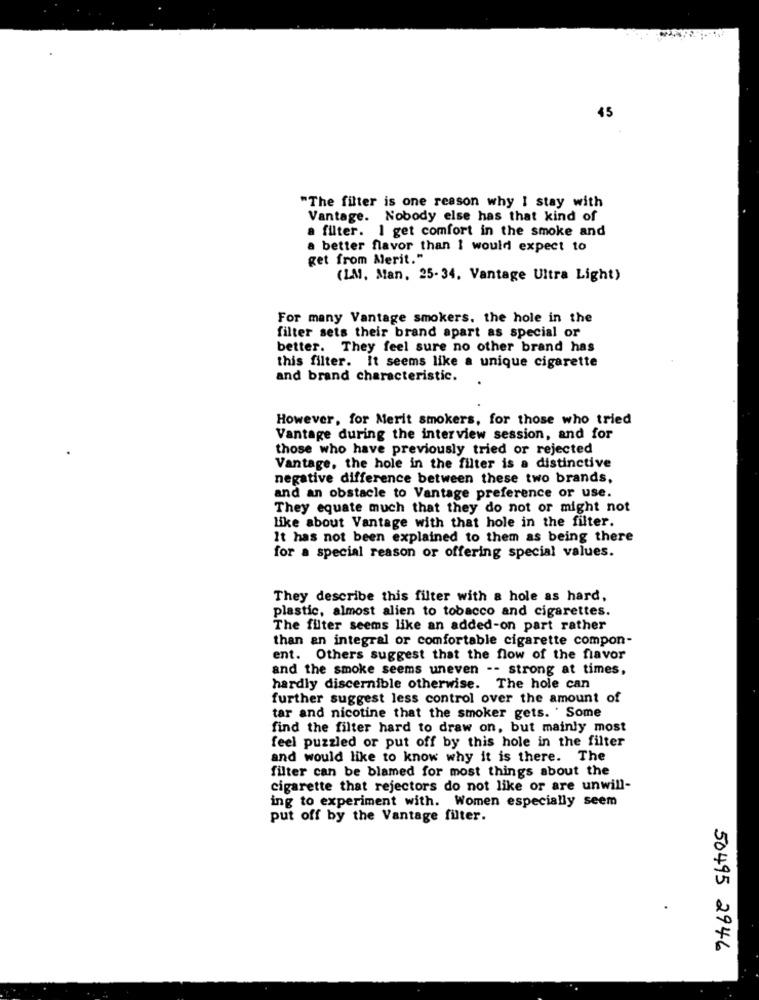
45
"The filter is one reason why I stay with
Vantage. Nobody else has that kind of
a filter. I get comfort in the smoke and
a better flavor than I would expect to
get from Merit."
(LM, Man, 25-34. Vantage Ultra Light)
For many Vantage smokers. the hole in the
filter sets their brand apart as special or
better. They feel sure no other brand has
this filter. It seems like a unique cigarette
and brand characteristic.
However, for Merit smokers, for those who tried
Vantage during the interview session, and for
those who have previously tried or rejected
Vantage, the hole in the filter is a distinctive
negative difference between these two brands,
and an obstacle to Vantage preference or use.
They equate much that they do not or might not
like about Vantage with that hole in the filter.
It has not been explained to them as being there
for a special reason or offering special values.
They describe this filter with a hole as hard,
plastic, almost alien to tobacco and cigarettes.
The filter seems like an added-on part rather
than an integral or comfortable cigarette compon-
ent. Others suggest that the flow of the flavor
and the smoke seems uneven -- strong at times,
hardly discernible otherwise. The hole can
further suggest less control over the amount of
tar and nicotine that the smoker gets. . Some
find the filter hard to draw on, but mainly most
feel puzzled or put off by this hole in the filter
and would like to know why it is there. The
filter can be blamed for most things about the
cigarette that rejectors do not like or are unwill-
ing to experiment with. Women especially seem
put off by the Vantage filter.
50495 2946